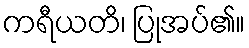
ကရီယတိ၊ ပြုအပ်၏။